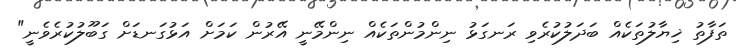
ތަފާތު ޚިޔާލުތަކެއް ބަދަލުކުރެވި ރަނގަޅު ނިންމުންތަކެއް ނިންމޭނީ އޭރުން ކަމަށް އަޅުގަނޑަށް ގަބޫލުކުރެވެނީ"